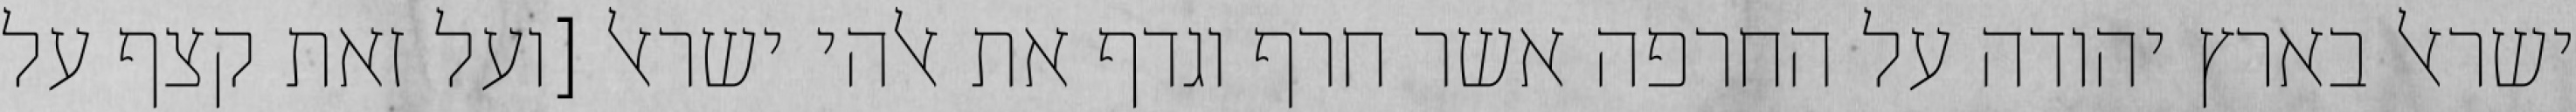
ישראל בארץ יהודה על החרפה אשר חרף וגדף את אלהי ישראל [ועל זאת קצף על